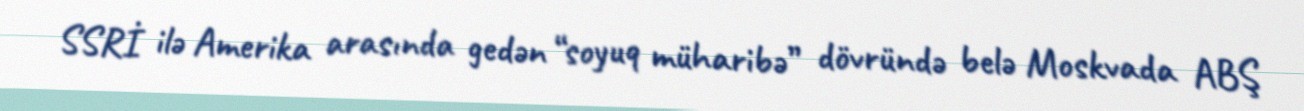
SSRİ ilə Amerika arasında gedən “soyuq müharibə” dövründə belə Moskvada ABŞ